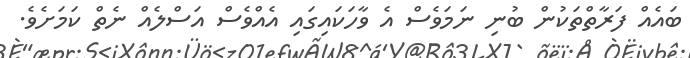
ބައެއް ފަރާތްތަކުން ބުނި ނަމަވެސް އެ ވާހަކައިގައި އެއްވެސް އަސްލެއް ނެތް ކަމަށެވެ.